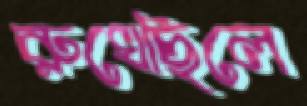
রুখেছিলে